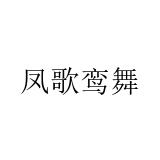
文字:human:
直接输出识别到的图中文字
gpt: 凤歌鸾舞